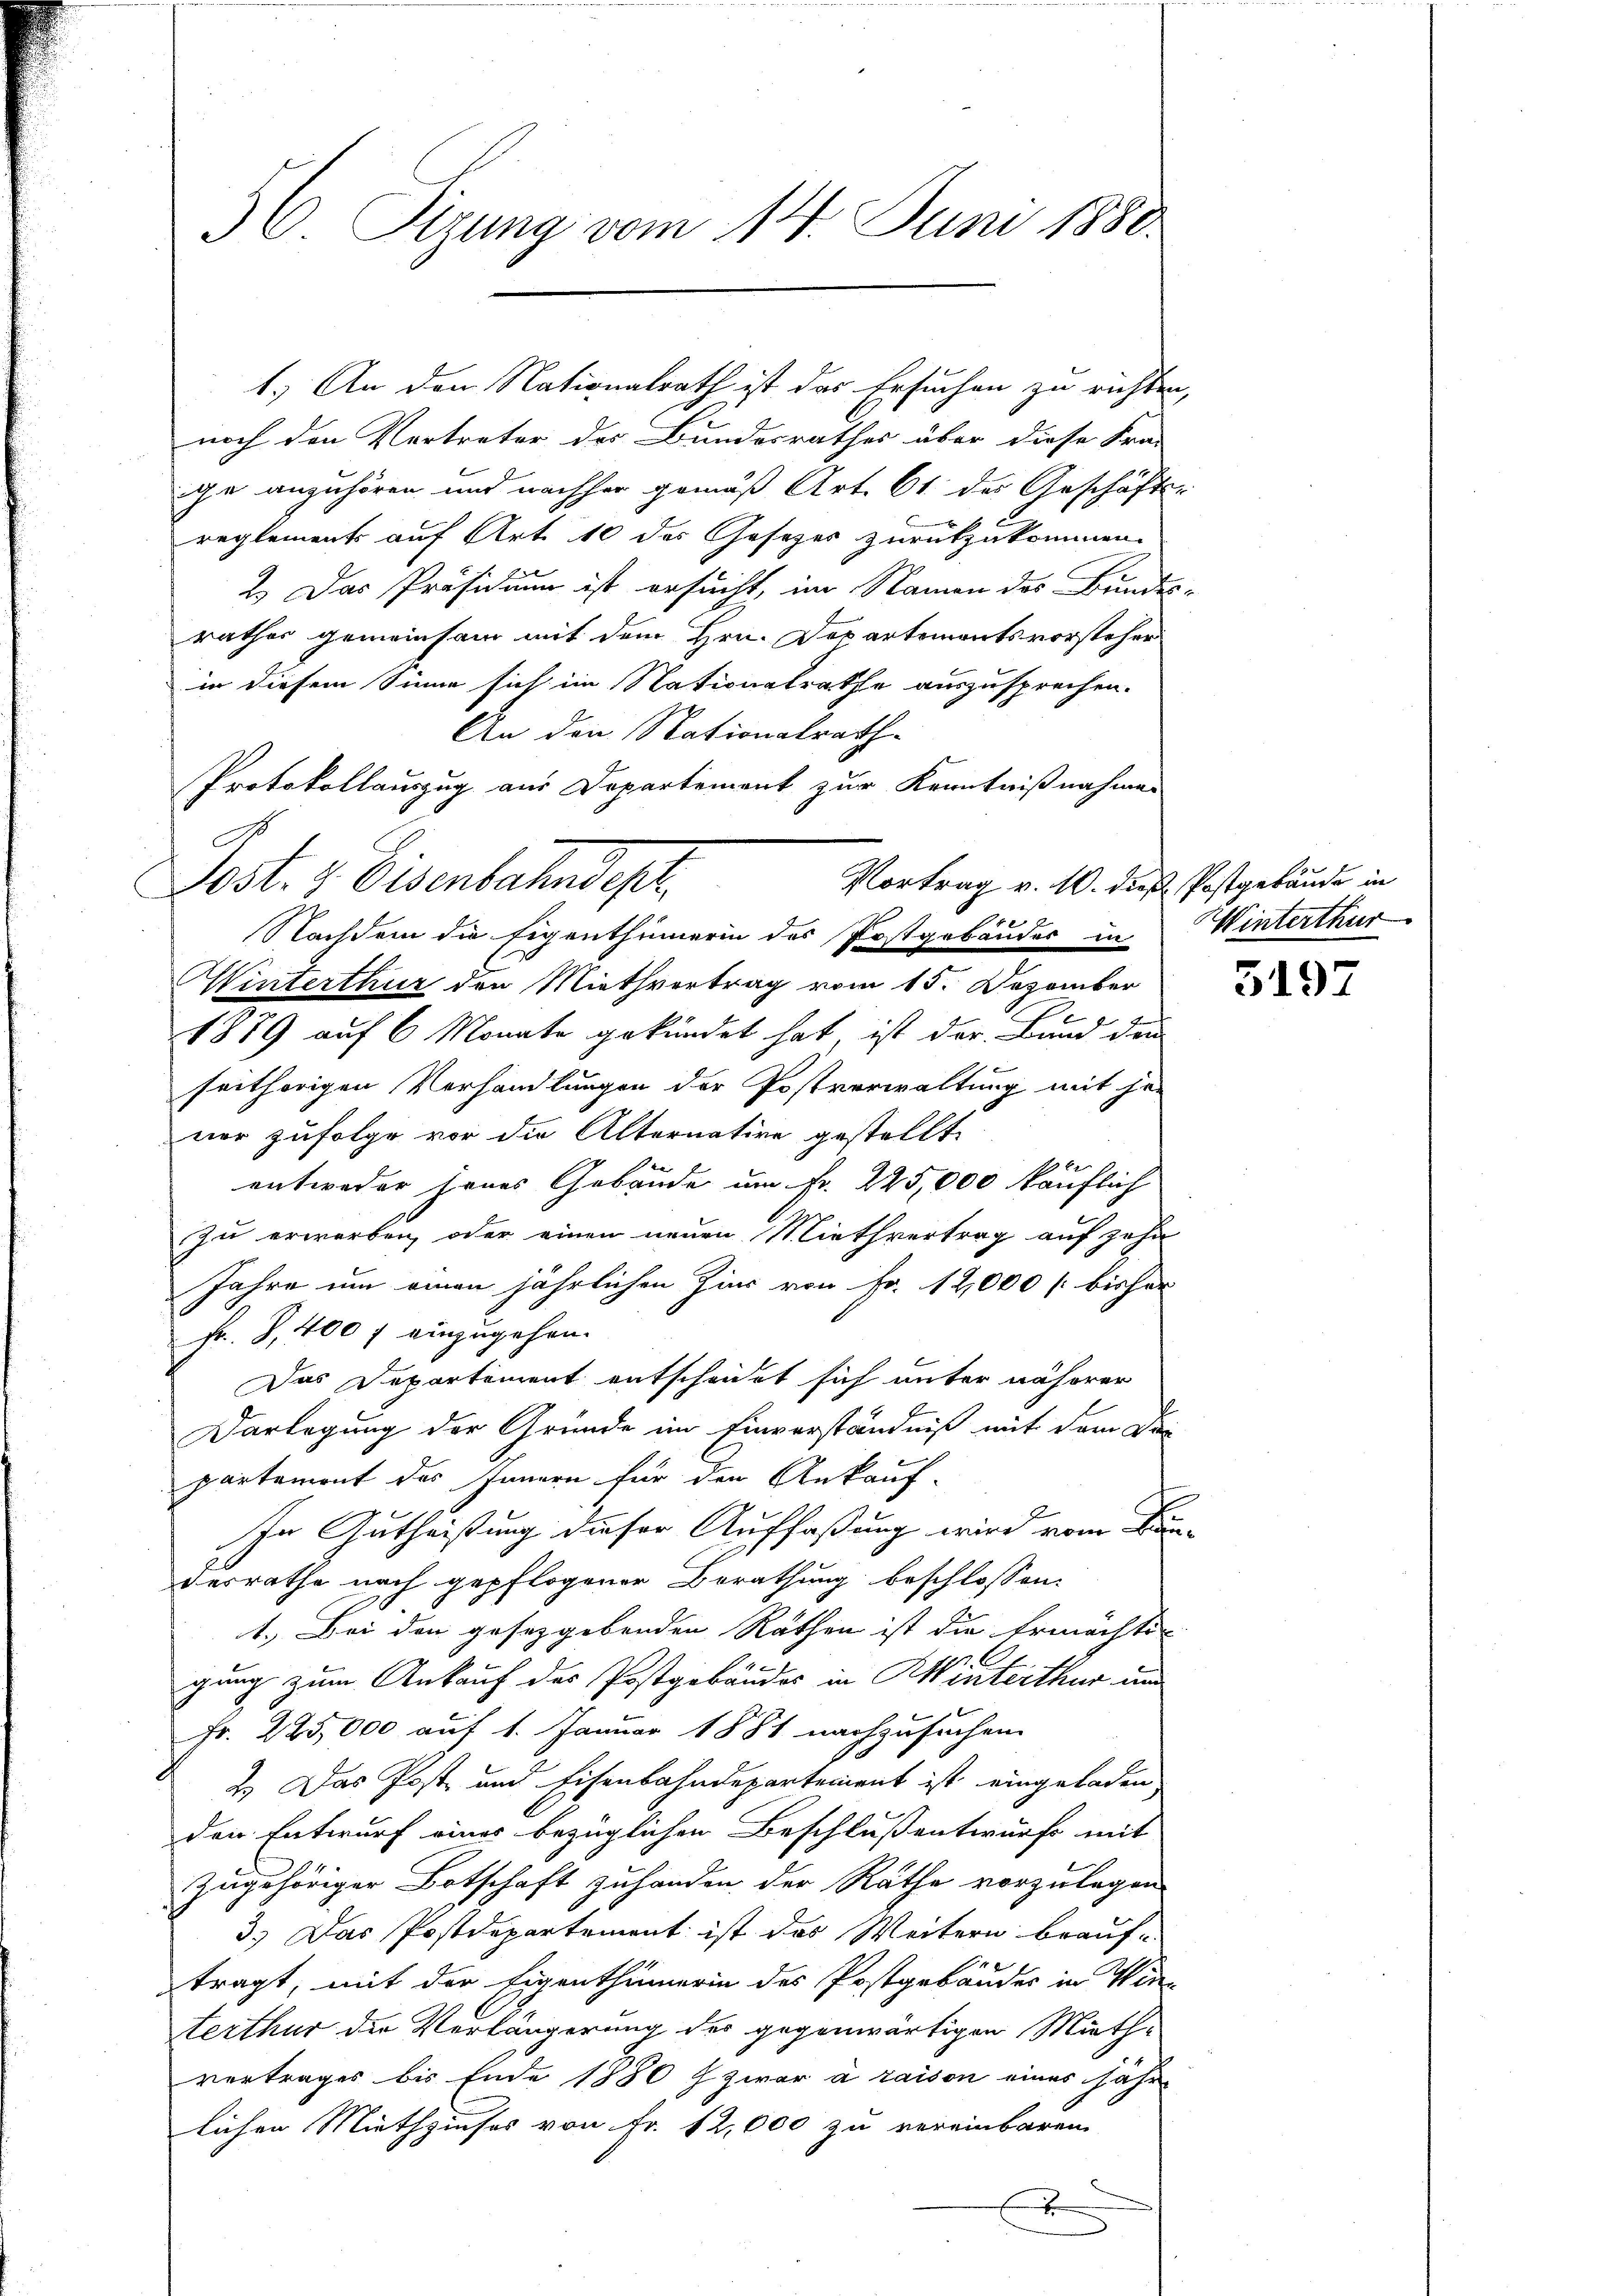
36. Sizung vom 14. Juni 1880.

C

noch den Vertreter des Bundesrathes über diese Fra-
ige anzuhören und nachher gemäß Art. 61 des Geschäfts-
reglements auf Art. 10 der Gesetzes zurückzukommen.
2.) Das Präsidium ist ersucht, im Namen des Bundes-
rathes gemeinsam mit dem Hrn. Departementsvorsteher
in diesem Sinne sich im Nationalrathe auszusprechen.
An den Stationalrath
Vortrag v. 10. dieß Postgebäude in
40
Nachdem die Eigenthümerin des Postgebäudes in
Minterthur den Miethvertrag vom 15. Dezember
1879 auf 6 Monate gekündet hat, ist der Bund den
seithörigen Verhandlungen der Postverwaltung mit je
ner zufolge vor die Alternative gestellt.
Per
entweder jenes Gebäude um Fr. 225,000 käuflich
zu erworben, oder einen neuen Miethvertrag auf zehn
Jahre um einen jährlichen Zins von Fr. 12,000 [ bisher
Fr. B,400 f einzugehen.
Das Departement entscheidet sich unter näherer
Darlegung der Gründe im Einverständniß mit dem Dei
partemont des Innern für den Ankauf-
In Gutheißung dieser Auffaßung wird vom Bundesrathe nach gepflogener Berathung beschlossen:
1.) Bei den gesetzgebenden Räthen ist die Ermächtigung zum Ankauf des Postgebäudes in Winterthur um
Fr. 225,000 auf 1. Januar 1881 nachzusuchen.
2.) Das Post und Eisenbahndepartement ist eingeladen
den Entwurf einer bezüglichen Beschluß entwurfs mit
zugehöriger Botschaft zuhanden der Räthe vorzulegen
3.) Das Postdepartement ist das Weitern brauf-
tragt, mit der Eigenthümerin des Postgebäudes in Winterthur die Verlängerung des gegenwärtigen Mieth-
vertrages bis Ende 1880 f zwar a raison eines jähr
lichen Miethzinses von Fr. 12,000 zu vereinbaren
x

1.) An den Nationalrath ist das Ersuchen zu richten,

Protokollauszug aus Departement zur Kenntnißnahmen
Post- & Eisenbahndep

Winterthur

5197